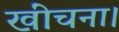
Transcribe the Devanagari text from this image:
खींचना।